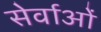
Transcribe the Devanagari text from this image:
सेर्वाओं